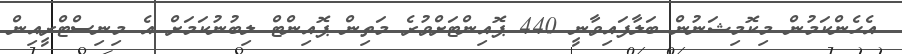
އެހެންކަމުން މިކޮމިޝަނުން ބަލާފައިވާނީ 440 ޕޮއިންޓަށްވުރެ މަތިން ޕޮއިންޓް ލިބުނުކަމަށް އެ މިނިސްޓްރީއިން